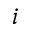
i